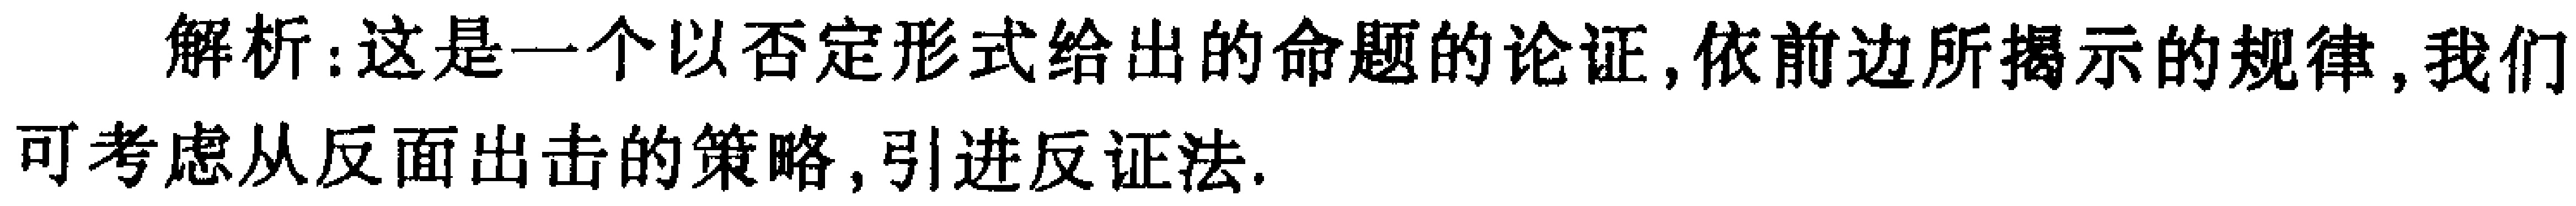
解析：这是一个以否定形式给出的命题的论证, 依前边所揭示的规律, 我们可考虑从反面出击的策略, 引进反证法.